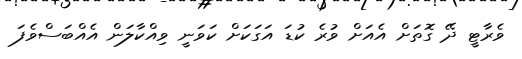
ވެރާޓީ ދޭ ގޮތަށް އެއަށް ވުރެ ކުޑަ އަގަކަށް ކަވަނީ ވިއްކާލަން އެއްބަސްވެފަ